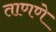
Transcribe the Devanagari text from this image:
ताणणे